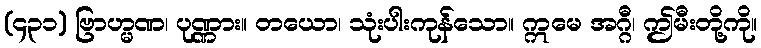
(၄၃၁) ဗြာဟ္မဏ၊ ပုဏ္ဏား။ တယော၊ သုံးပါးကုန်သော။ ဣမေ အဂ္ဂီ၊ ဤမီးတို့ကို။